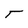
Character: T